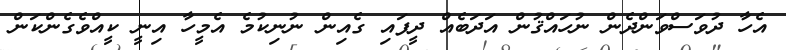
އެހާ ދުވަސްވަންދެން ނުހައްޤުން އަދަބެއް ދީފައި ގެއިން ނުނިކުމެ އެމީހާ އިނީ ކީއްވެގެންކަން